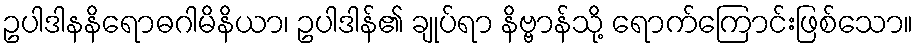
ဥပါဒါနနိရောဓဂါမိနိယာ၊ ဥပါဒါန်၏ ချုပ်ရာ နိဗ္ဗာန်သို့ ရောက်ကြောင်းဖြစ်သော။